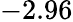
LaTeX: -2.96